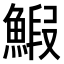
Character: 𫙨